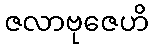
ဇလာဗုဇေဟိ